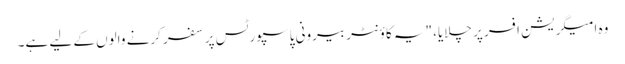
وہ امیگریشن افسر پر چلایا، "یہ کاؤنٹر بیرونی پاسپورٹس پر سفر کرنے والوں کے لیے ہے۔